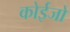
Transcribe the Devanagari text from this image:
कोईजो